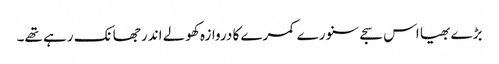
بڑے بھیا اس سجے سنورے کمرے کا دروازہ کھولے اندر جھانک رہے تھے۔